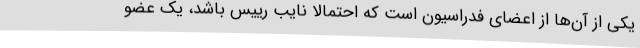
یکی از آن‌ها از اعضای فدراسیون است که احتمالا نایب رییس باشد، یک عضو